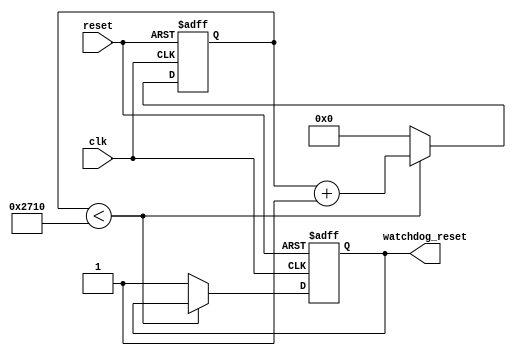
module watchdog_timer (
    input wire clk,
    input wire reset,
    output reg watchdog_reset
);

parameter TIMEOUT_VALUE = 10000; // Timeout period in clock cycles

reg [15:0] count;

always @(posedge clk or posedge reset) begin
    if (reset) begin
        count <= 0;
        watchdog_reset <= 0;
    end else begin
        if (count < TIMEOUT_VALUE) begin
            count <= count + 1;
        end else begin
            count <= 0;
            watchdog_reset <= 1;
        end
    end
end

endmodule